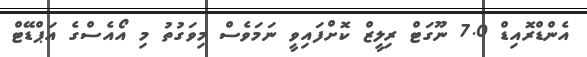
އެންޑްރޮއިޑް 7.0 ނޫގަޓް ރިލީޒް ކޮށްފައިވީ ނަމަވެސް މިވަގުތު މި އޯއެސްގެ އަޕްޑޭޓް